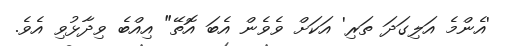
'އެންމެ އަލިގަދަ ތަރި' އަކަށް ވެވެން އެބަ އޮތޭ" އިއްބެ ވިދާޅުވި އެވެ.